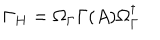
LaTeX: \Gamma _ { H } = \Omega _ { \Gamma } \Gamma ( A ) \Omega _ { \Gamma } ^ { \dagger }